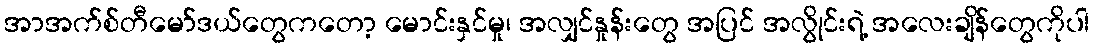
အာအက်စ်တီမော်ဒယ်တွေကတော့ မောင်းနှင်မှု၊ အလျှင်နှုန်းတွေ အပြင် အလွိုင်းရဲ့ အလေးချိန်တွေကိုပါ